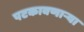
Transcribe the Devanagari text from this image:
पटकावणार्‍या